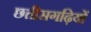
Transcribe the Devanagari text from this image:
छत्तीसगढ़ियों